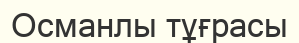
Османлы тұғрасы